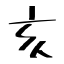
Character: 亥